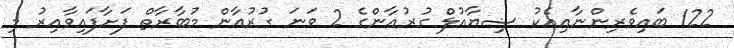
122 ބައިވެރިންނާއިއެކު ޟިޔާއުލް ގުރުއާންގެ 2 ވަނަ ގުރުއާން މުބާރާތް ފަށާފައިވާއިރު މި